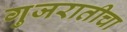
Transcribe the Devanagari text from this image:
गुजरातीचा